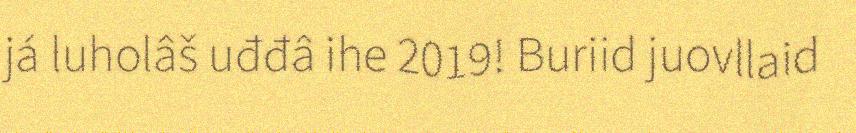
já luholâš uđđâ ihe 2019! Buriid juovllaid